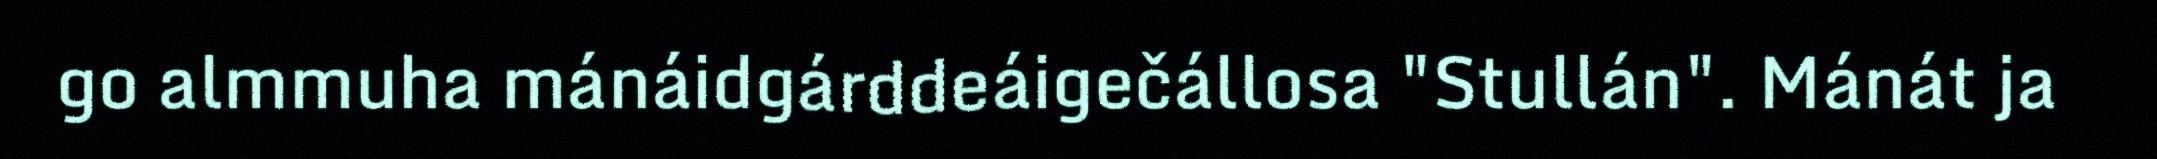
go almmuha mánáidgárddeáigečállosa "Stullán". Mánát ja